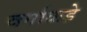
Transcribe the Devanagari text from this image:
वर्गाकडे